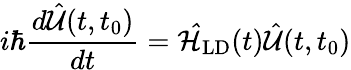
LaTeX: i\hbar\frac{d\hat{\mathcal{U}}(t,t_{0})}{dt}=\mathcal{\hat{H}}_{\textrm{LD}}(t)\hat{\mathcal{U}}(t,t_{0})